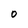
Character: 0